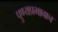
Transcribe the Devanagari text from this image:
पुण्यप्रभावाच